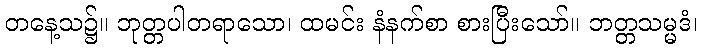
တနေ့သ၌။ ဘုတ္တပါတရာသော၊ ထမင်း နံနက်စာ စားပြီးသော်။ ဘတ္တသမ္မဒံ၊